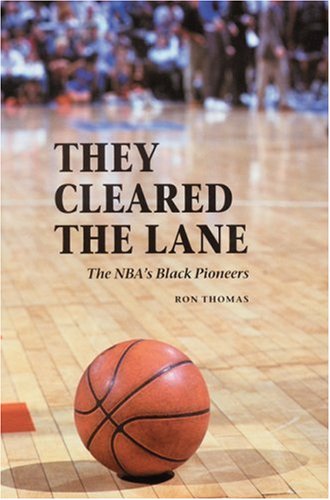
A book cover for They Cleared the Lane: The NBA's Black Pioneers; Ron Thomas; Sports & Outdoors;